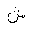
Letter: _shin